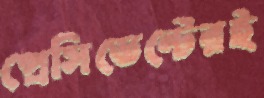
প্রেসিডেন্টেরই